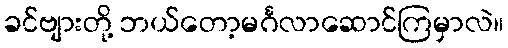
ခင်ဗျားတို့ ဘယ်တော့မင်္ဂလာဆောင်ကြမှာလဲ။